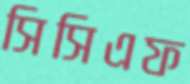
সিসিএফ